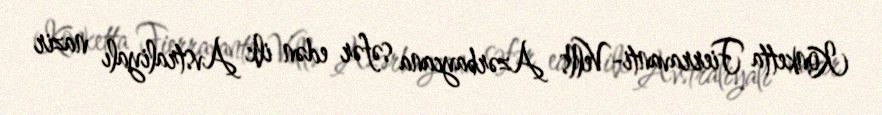
Konketta Fierravanti-Vells Azərbaycana səfər edən ilk Avstraliyalı nazir